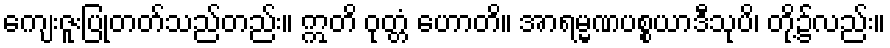
ကျေးဇူးပြုတတ်သည်တည်း။ ဣတိ ဝုတ္တံ ဟောတိ။ အာရမ္မဏပစ္စယာဒီသုပိ၊ တို့၌လည်း။